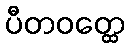
ပီတဝတ္ထေ